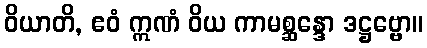
ဝိယာတိ, ဧဝံ ဣဏံ ဝိယ ကာမစ္ဆန္ဒော ဒဋ္ဌဗ္ဗော။